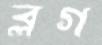
ব্লগ